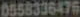
0558336476